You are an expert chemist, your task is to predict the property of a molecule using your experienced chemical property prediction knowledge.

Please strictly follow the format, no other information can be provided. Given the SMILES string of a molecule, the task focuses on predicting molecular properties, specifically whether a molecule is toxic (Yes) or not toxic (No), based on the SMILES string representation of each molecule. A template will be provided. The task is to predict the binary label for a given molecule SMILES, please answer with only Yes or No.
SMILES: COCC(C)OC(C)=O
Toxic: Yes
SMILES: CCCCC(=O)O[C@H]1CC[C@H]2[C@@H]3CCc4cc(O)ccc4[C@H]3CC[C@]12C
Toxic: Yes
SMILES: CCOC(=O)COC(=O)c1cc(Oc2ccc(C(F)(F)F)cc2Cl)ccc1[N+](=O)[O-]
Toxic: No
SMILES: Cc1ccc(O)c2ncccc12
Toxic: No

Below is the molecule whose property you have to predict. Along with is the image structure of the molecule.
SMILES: CN1C2CCC(C)(C)C1CC(OC(=O)C(O)(c1cccs1)c1cccs1)C2
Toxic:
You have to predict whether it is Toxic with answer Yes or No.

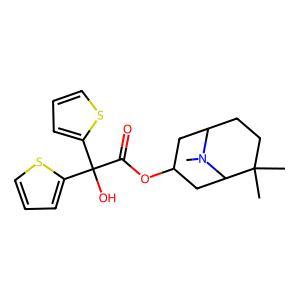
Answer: No